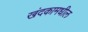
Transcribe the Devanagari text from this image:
खंदकामधील